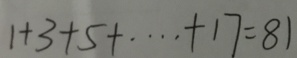
1 + 3 + 5 + \cdots + 1 7 = 8 1